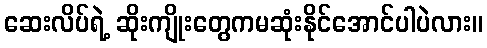
ဆေးလိပ်ရဲ့ ဆိုးကျိုးတွေကမဆုံးနိုင်အောင်ပါပဲလား။